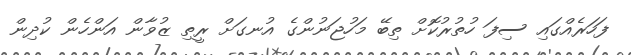
ފަހަރެއްގައި ސިފަ ހުތުރުކޮށް ތިބޭ މަހުޖަނުންގެ އުނގަށް ރީތި ޒުވާން އަންހެން ކުދިން